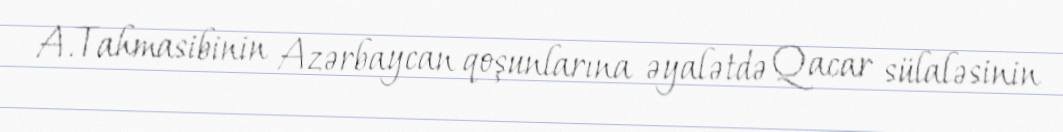
A.Tahmasibinin Azərbaycan qoşunlarına əyalətdə Qacar sülaləsinin